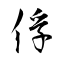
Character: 俘